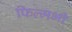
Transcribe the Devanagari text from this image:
फिल्मभी